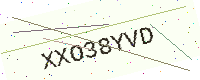
Text: XXO38YVD